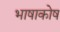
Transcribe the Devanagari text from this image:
भाषाकोष